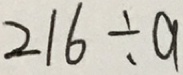
2 1 6 \div a